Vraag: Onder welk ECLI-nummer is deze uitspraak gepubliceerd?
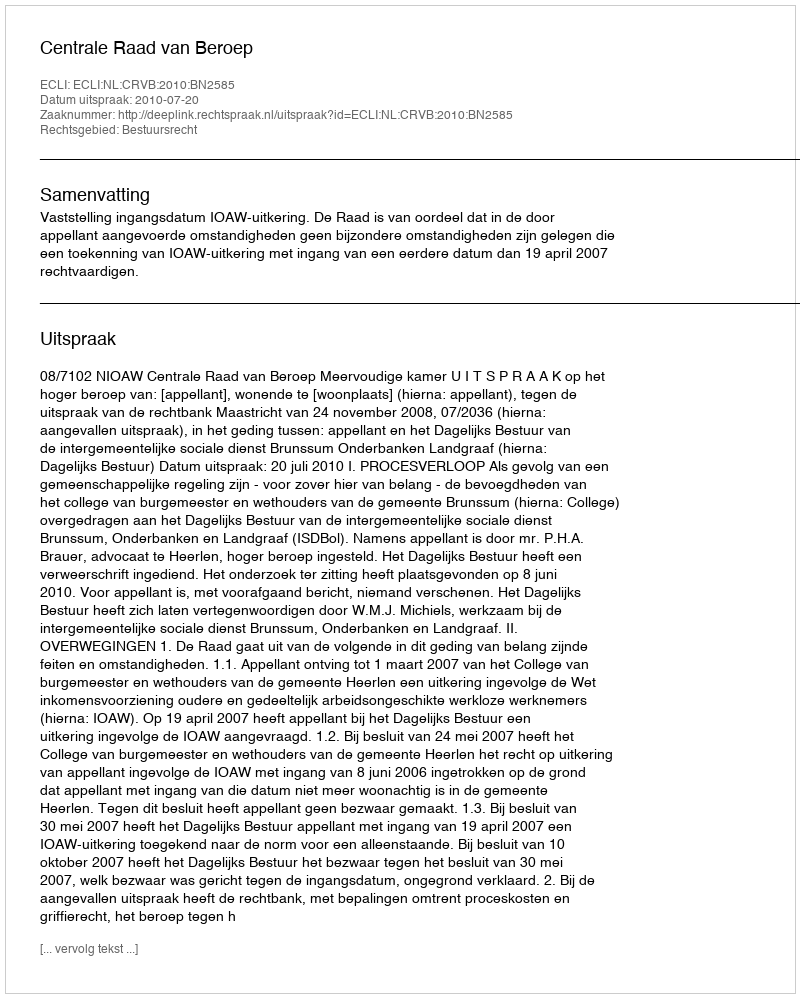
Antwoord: ECLI:NL:CRVB:2010:BN2585